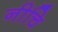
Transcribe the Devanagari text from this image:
नीचि